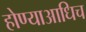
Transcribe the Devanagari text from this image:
होण्याआधिच